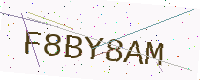
Text: F8BY8AM